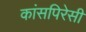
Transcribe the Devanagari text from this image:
कांसपिरेसी